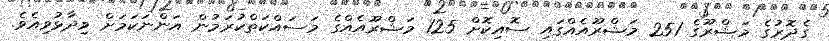
ގެދޮރުގެ މަޝްރޫގެ 251 މަޝްރޫއެއްގައި ސޮއިކޮށް 125 މަޝްރޫއެއްގެ މަސައްކަތްކުރަމުން އަންނަކަމަށް ވިދާޅުވިއެވެ.